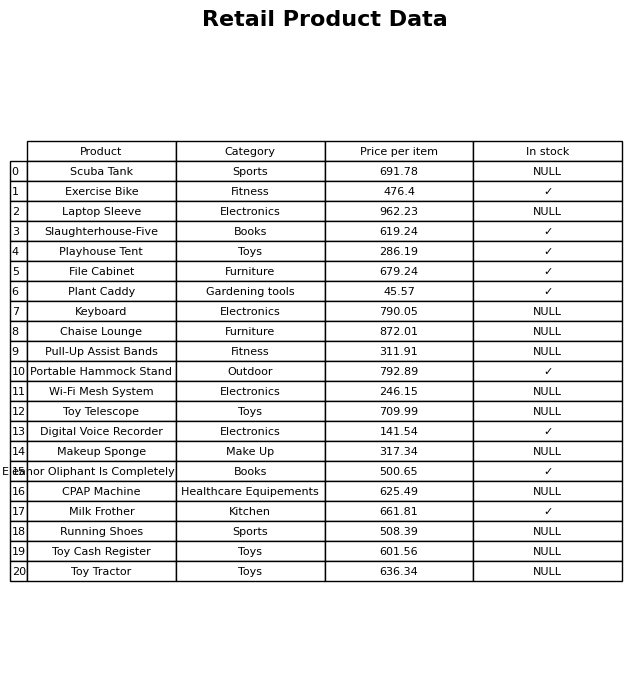
question: What is the price of the Toy Cash Register?
answer: The price of Toy Cash Register is 601.56.